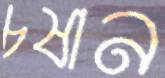
চষান